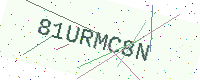
Text: 81URMC8N